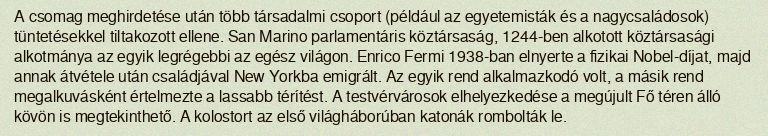
A csomag meghirdetése után több társadalmi csoport (például az egyetemisták és a nagycsaládosok) tüntetésekkel tiltakozott ellene. San Marino parlamentáris köztársaság, 1244-ben alkotott köztársasági alkotmánya az egyik legrégebbi az egész világon. Enrico Fermi 1938-ban elnyerte a fizikai Nobel-díjat, majd annak átvétele után családjával New Yorkba emigrált. Az egyik rend alkalmazkodó volt, a másik rend megalkuvásként értelmezte a lassabb térítést. A testvérvárosok elhelyezkedése a megújult Fő téren álló kövön is megtekinthető. A kolostort az első világháborúban katonák rombolták le.